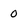
Character: 0